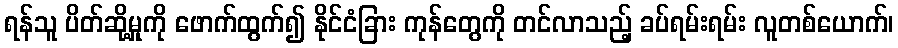
ရန်သူ ပိတ်ဆို့မှုကို ဖောက်ထွက်၍ နိုင်ငံခြား ကုန်တွေကို တင်လာသည့် ခပ်ရမ်းရမ်း လူတစ်ယောက်၊